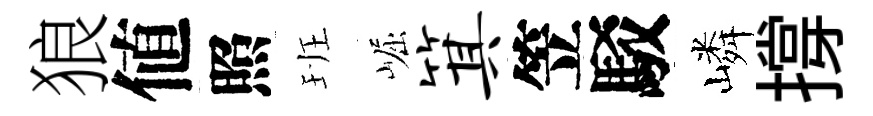
狼値照班崛箕笠駁嶙撐